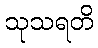
သုသရတိ